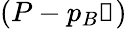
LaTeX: (P-p_{B}\mathbb{1})